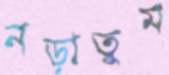
নড়াতুম